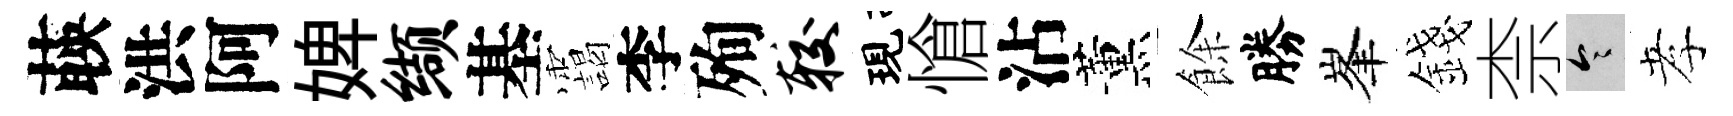
𦴤洪阿婢缬基靄李殉较現愴沾薰餘勝峯錢柰令孝